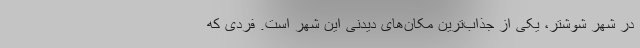
در شهر شوشتر، یکی از جذاب‌ترین مکان‌های دیدنی این شهر است. فردی که